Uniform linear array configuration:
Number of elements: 8
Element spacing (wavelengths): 0.75
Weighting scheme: hamming
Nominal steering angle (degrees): -60
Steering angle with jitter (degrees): -60.431
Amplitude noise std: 0.05
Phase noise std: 0.05

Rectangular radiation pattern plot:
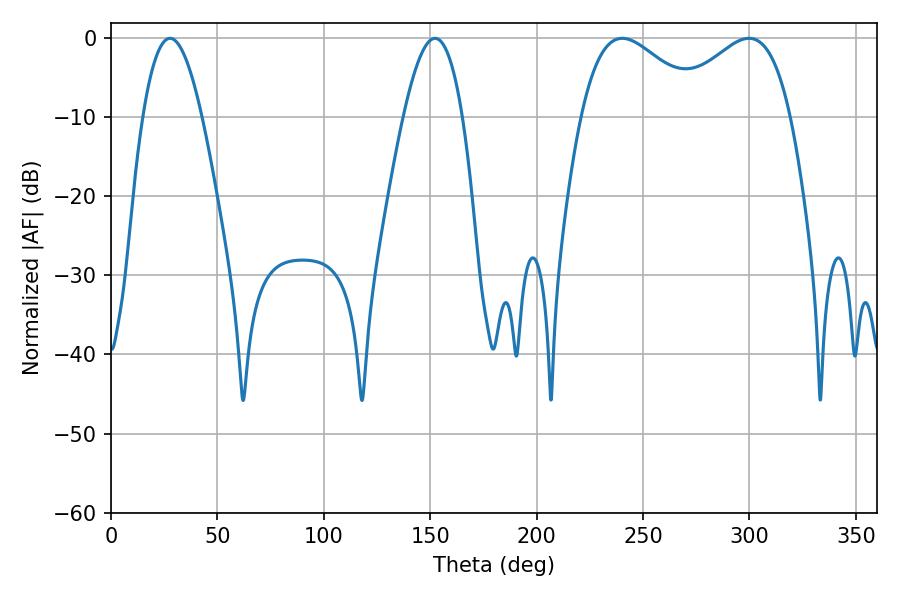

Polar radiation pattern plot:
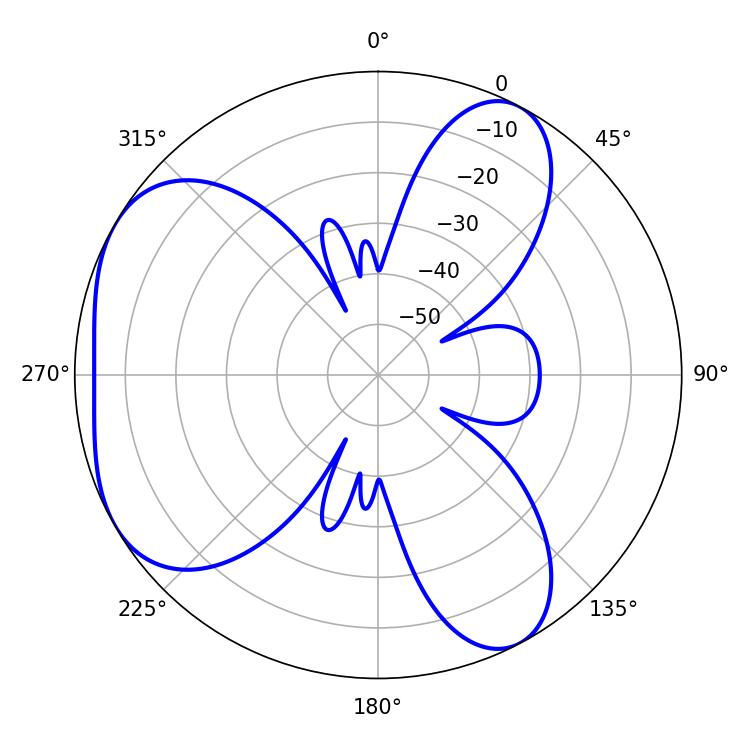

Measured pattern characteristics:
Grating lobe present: TRUE
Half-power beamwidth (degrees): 15.12
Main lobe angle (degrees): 27.72